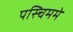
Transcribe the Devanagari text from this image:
पस्चिममे